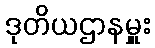
ဒုတိယဌာနမှူး